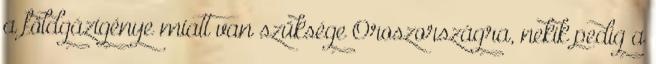
a földgázigénye miatt van szüksége Oroszországra, nekik pedig a